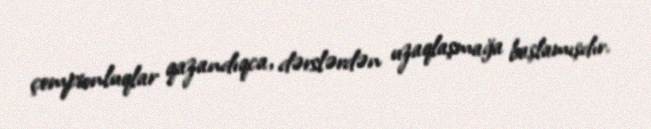
çempionluqlar qazandıqca, dərslərdən uzaqlaşmağa başlamışdır.